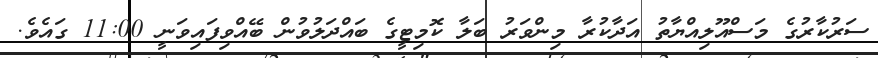
ސަރުކާރުގެ މަސްއޫލިއްޔާތު އަދާކުރާ މިންވަރު ބަލާ ކޮމިޓީގެ ބައްދަލުވުން ބޭއްވިފައިވަނީ 11:00 ގައެވެ.